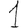
Digit: 1